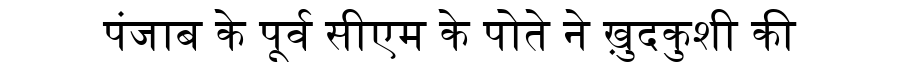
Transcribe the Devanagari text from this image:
पंजाब के पूर्व सीएम के पोते ने ख़ुदकुशी की